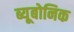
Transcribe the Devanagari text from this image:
ब्यूबोनिक